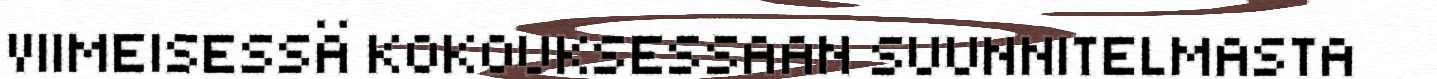
VIIMEISESSÄ KOKOUKSESSAAN SUUNNITELMASTA